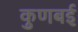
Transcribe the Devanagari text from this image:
कुणबई